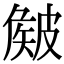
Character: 𥀄